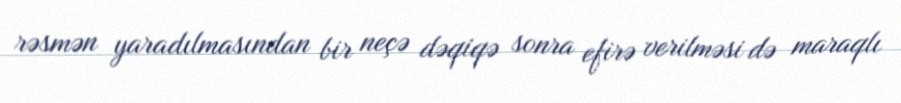
rəsmən yaradılmasından bir neçə dəqiqə sonra efirə verilməsi də maraqlı